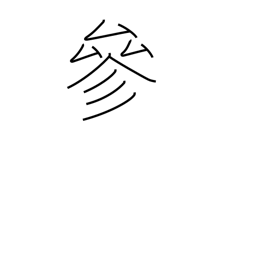
Meaning: coming